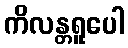
ကိလန္တရူပေါ